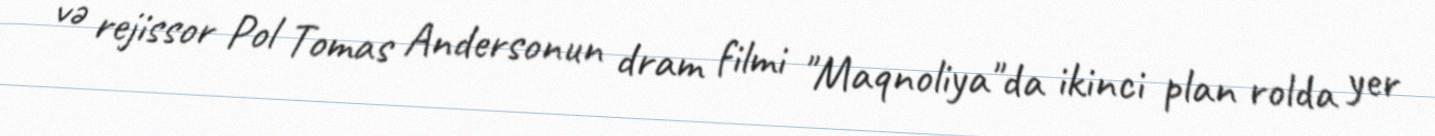
və rejissor Pol Tomas Andersonun dram filmi "Maqnoliya"da ikinci plan rolda yer